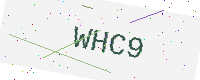
Text: WHC9